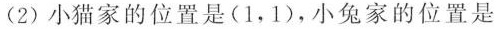
(2)小猫家的位置是(1，1)，小兔家的位置是